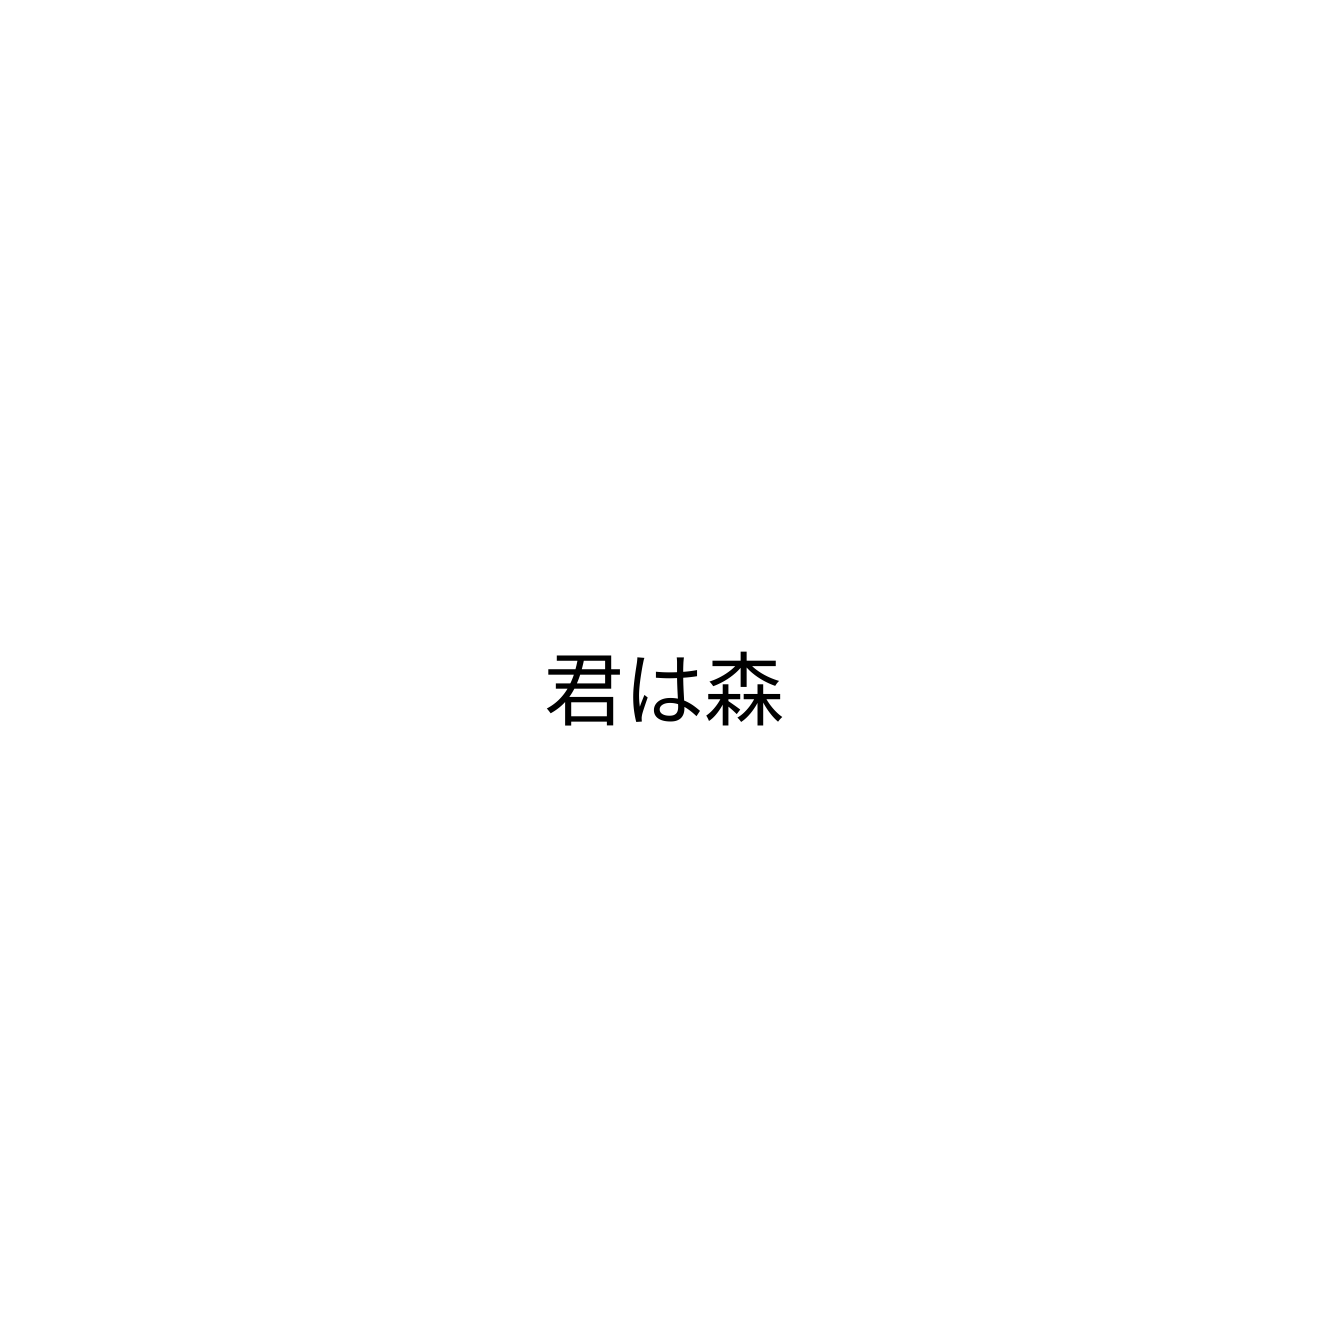
君は森